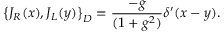
\left\{ J _ { R } ( x ) , J _ { L } ( y ) \right\} _ { D } = \frac { - g } { ( 1 + g ^ { 2 } ) } \delta ^ { \prime } ( x - y ) .